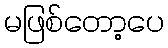
မဖြစ်တော့ပေ